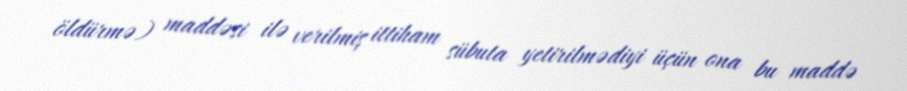
öldürmə) maddəsi ilə verilmiş ittiham sübuta yetirilmədiyi üçün ona bu maddə